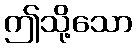
ဤသို့သော